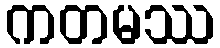
ကတမဿ